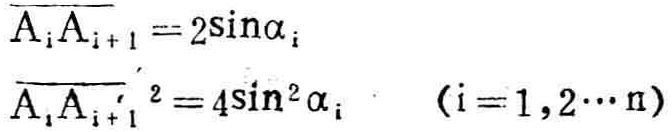
\[\begin{align*}
\overline{A_{i}A_{i + 1}}&= 2\sin\alpha_{i}\\
\overline{A_{i}A_{i + 1}}^{2}&= 4\sin^{2}\alpha_{i}\quad (i = 1,2\cdots n)
\end{align*}\]